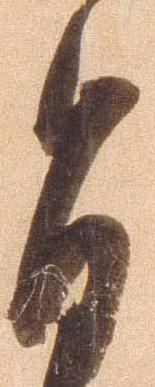
旨